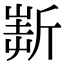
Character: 𣂲